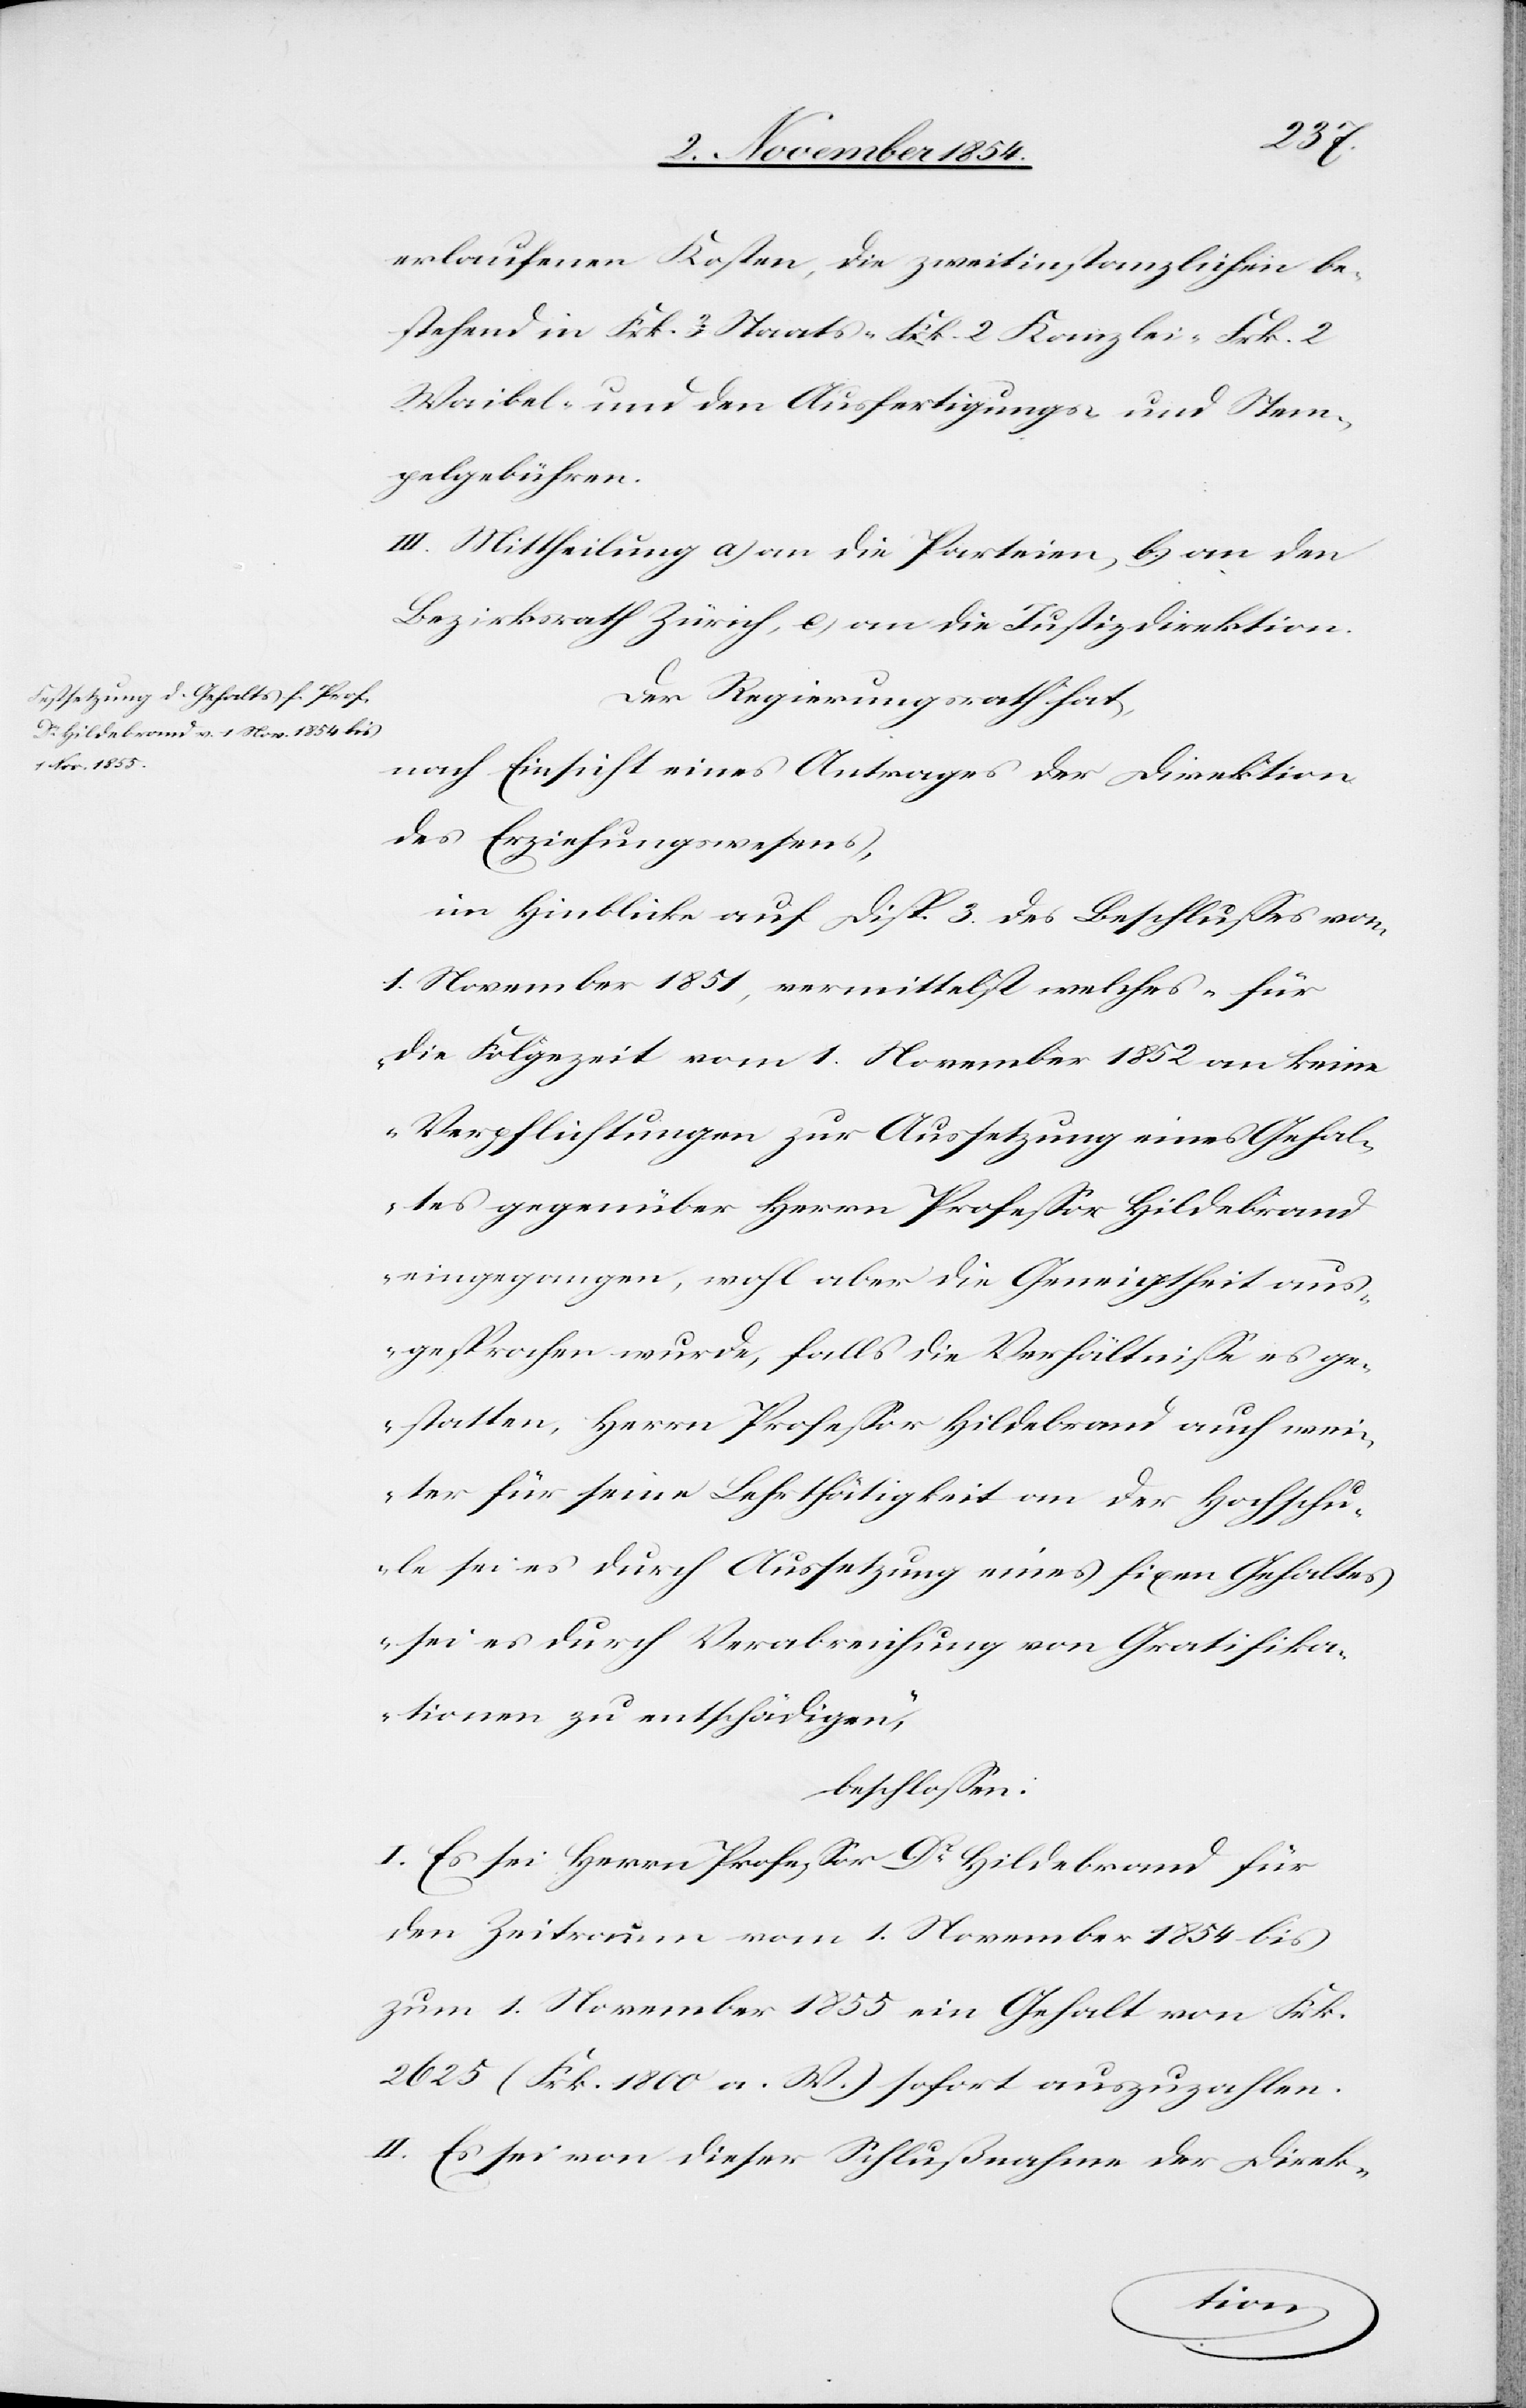
erlaufenen Kosten, die zweitinstanzlichen be¬
stehend in Frk. 3 Staats-[,] Frk. 2 Kanzlei-[,] Frk. 2
Waibel- und den Ausfertigungs- und Stem¬
pelgebühren.
III. Mittheilung a) an die Parteien, b.) an den
Bezirksrath Zürich, c) an die Justizdirektion.
Der Regierungsrath hat,
nach Einsicht eines Antrages der Direktion
des Erziehungswesens,
im Hinblicke auf Disp. 3 des Beschlußes vom
1. November 181, vermittelst welches „für
die Folgezeit vom 1. November 1852 an keine
Verpflichtungen zur Aussetzung eines Gehal¬
tes gegenüber Herrn Profeßor Hildebrand
eingegangen, wohl aber die Geneigtheit aus¬
gesprochen wurde, falls die Verhältniße es ge¬
statten, Herrn Profeßor Hildebrand auch wei¬
ter für seine Lehrthätigkeit an der Hochschu¬
le sei es durch Aussetzung eines fixen Gehaltes
sei es durch Verabreichung von Gratifika¬
tionen zu entschädigen,“
beschloßen:
I. Es sei Herrn Profeßor Dr Hildebrand für
den Zeitraum vom 1. November 1854 bis
zum 1. November 1855 ein Gehalt von Frk.
2625 (Frk. 1800 a. W.) sofort auszuzahlen.
II. Es sei von dieser Schlußnahme der Direk-